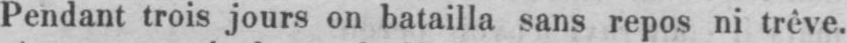
Pendant trois jours on batailla sans repos ni trêve.